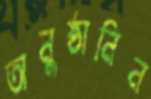
অনুষ্ঠানিন